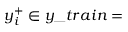
y _ { i } ^ { + } \in y \_ t r a i n =